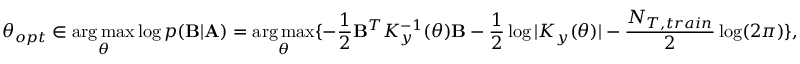
\theta _ { o p t } \in \underset { \theta } { \arg \operatorname* { m a x } } \log p ( \mathbf { B } | \mathbf { A } ) = \underset { \theta } { \arg \operatorname* { m a x } } \{ - \frac { 1 } { 2 } \mathbf { B } ^ { T } K _ { y } ^ { - 1 } ( \theta ) \mathbf { B } - \frac { 1 } { 2 } \log | K _ { y } ( \theta ) | - \frac { N _ { T , t r a i n } } { 2 } \log ( 2 \pi ) \} ,